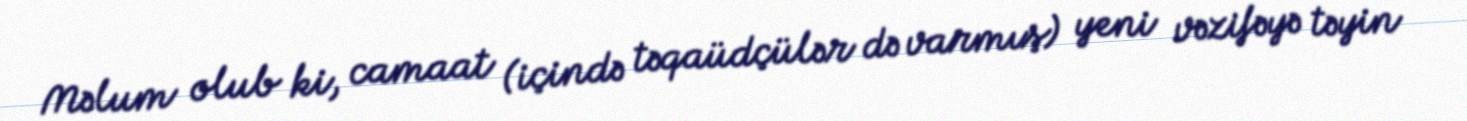
Məlum olub ki, camaat (içində təqaüdçülər də varmış) yeni vəzifəyə təyin